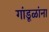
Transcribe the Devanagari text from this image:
गांडूळांना